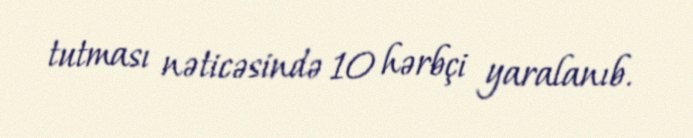
tutması nəticəsində 10 hərbçi yaralanıb.